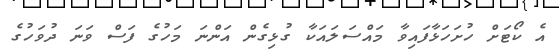
އެ ކޯޓަށް ހުށަހަޅާފައިވާ މައްސަލައަކާ ގުޅިގެން އަންނަ މަހުގެ ފަސް ވަނަ ދުވަހުގެ